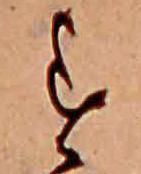
す